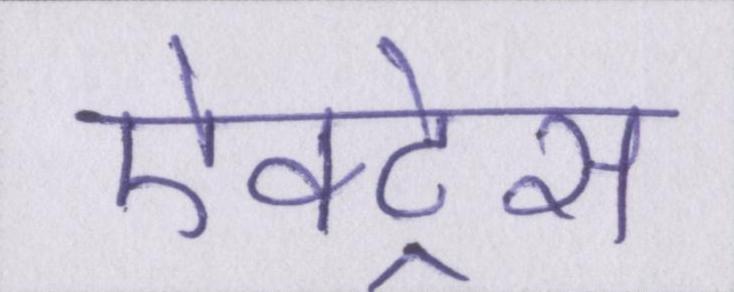
ऐक्ट्रेस